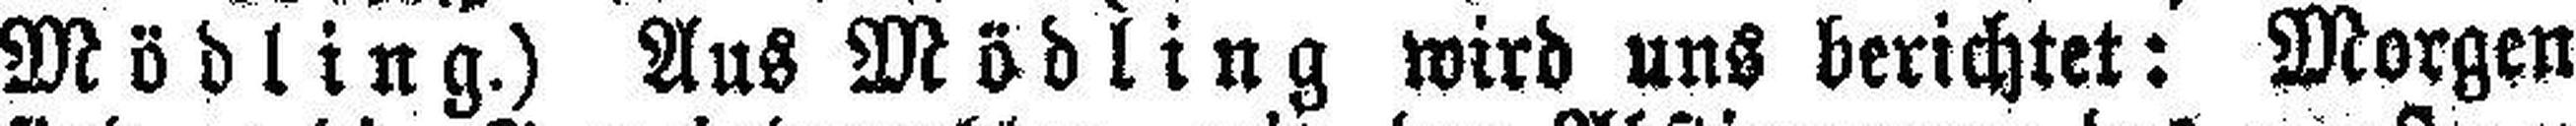
Mödling.) Aus Mödling wird uns berichtet: Morgen